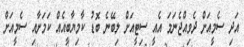
އަދި ސެމީއަށް ދެވިއްޖެނަމަ އެއީ ސިޓީއަށް ލިބޭނެ ބޮޑު ކާމިޔާބީއެއް ކަމަށާއި ސެމީއަށް